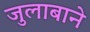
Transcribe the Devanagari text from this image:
जुलाबाने